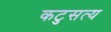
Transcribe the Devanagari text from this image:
कटुसत्य